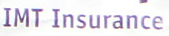
IMT Insurance